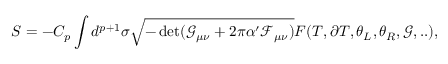
S = - C _ { p } \int d ^ { p + 1 } \sigma \sqrt { - \operatorname * { d e t } ( \mathcal { G } _ { \mu \nu } + 2 \pi \alpha ^ { \prime } \mathcal { F } _ { \mu \nu } ) } F ( T , \partial T , \theta _ { L } , \theta _ { R } , \mathcal { G } , . . ) ,